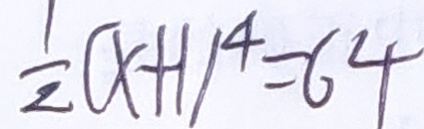
\frac { 1 } { 2 } ( x + 1 ) ^ { 4 } = 6 4